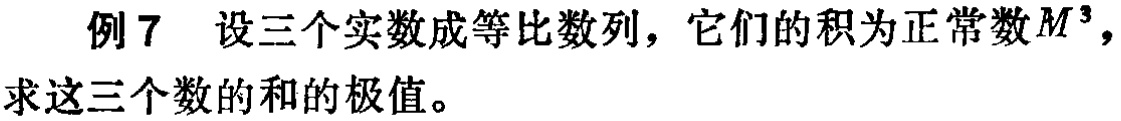
例7 设三个实数成等比数列，它们的积为正常数\(M^{3}\)，求这三个数的和的极值。